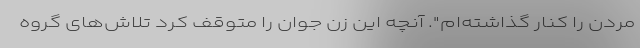
مردن را کنار گذاشته‌ام". آنچه این زن جوان را متوقف کرد تلاش‌های گروه